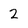
Character: 2